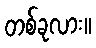
တစ်ခုလား။